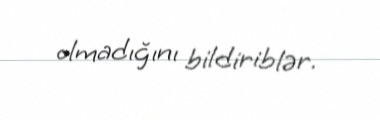
olmadığını bildiriblər.